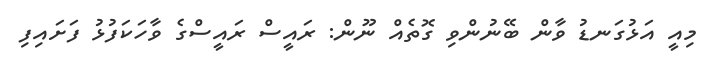
މިއީ އަޅުގަނޑު ވާން ބޭނުންވި ގޮތެއް ނޫން: ރައީސް ރައީސްގެ ވާހަކަފުޅު ފަށައިފި